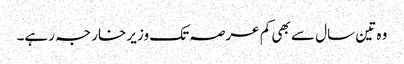
وہ تین سال سے بھی کم عرصہ تک وزیر خارجہ رہے۔